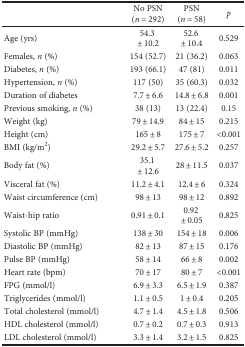
<table><thead><tr><td></td><td><b>No PSN (<i>n</i> = 292)</b></td><td><b>PSN (<i>n</i> = 58)</b></td><td><b><i>p</i></b></td></tr></thead><tbody><tr><td>Age (yrs)</td><td>54.3 ± 10.2</td><td>52.6 ± 10.4</td><td>0.529</td></tr><tr><td>Females, <i>n</i> (%)</td><td>154 (52.7)</td><td>21 (36.2)</td><td>0.063</td></tr><tr><td>Diabetes, <i>n</i> (%)</td><td>193 (66.1)</td><td>47 (81)</td><td>0.011</td></tr><tr><td>Hypertension, <i>n</i> (%)</td><td>117 (50)</td><td>35 (60.3)</td><td>0.032</td></tr><tr><td>Duration of diabetes</td><td>7.7 ± 6.6</td><td>14.8 ± 6.8</td><td>0.001</td></tr><tr><td>Previous smoking, <i>n</i> (%)</td><td>38 (13)</td><td>13 (22.4)</td><td>0.15</td></tr><tr><td>Weight (kg)</td><td>79 ± 14.9</td><td>84 ± 15</td><td>0.215</td></tr><tr><td>Height (cm)</td><td>165 ± 8</td><td>175 ± 7</td><td>&lt;0.001</td></tr><tr><td>BMI (kg/m<sup>2</sup>)</td><td>29.2 ± 5.7</td><td>27.6 ± 5.2</td><td>0.257</td></tr><tr><td>Body fat (%)</td><td>35.1 ± 12.6</td><td>28 ± 11.5</td><td>0.037</td></tr><tr><td>Visceral fat (%)</td><td>11.2 ± 4.1</td><td>12.4 ± 6</td><td>0.324</td></tr><tr><td>Waist circumference (cm)</td><td>98 ± 13</td><td>98 ± 12</td><td>0.892</td></tr><tr><td>Waist-hip ratio</td><td>0.91 ± 0.1</td><td>0.92 ± 0.05</td><td>0.825</td></tr><tr><td>Systolic BP (mmHg)</td><td>138 ± 30</td><td>154 ± 18</td><td>0.006</td></tr><tr><td>Diastolic BP (mmHg)</td><td>82 ± 13</td><td>87 ± 15</td><td>0.176</td></tr><tr><td>Pulse BP (mmHg)</td><td>58 ± 14</td><td>66 ± 8</td><td>0.002</td></tr><tr><td>Heart rate (bpm)</td><td>70 ± 17</td><td>80 ± 7</td><td>&lt;0.001</td></tr><tr><td>FPG (mmol/l)</td><td>6.9 ± 3.3</td><td>6.5 ± 1.9</td><td>0.387</td></tr><tr><td>Triglycerides (mmol/l)</td><td>1.1 ± 0.5</td><td>1 ± 0.4</td><td>0.205</td></tr><tr><td>Total cholesterol (mmol/l)</td><td>4.7 ± 1.4</td><td>4.5 ± 1.8</td><td>0.506</td></tr><tr><td>HDL cholesterol (mmol/l)</td><td>0.7 ± 0.2</td><td>0.7 ± 0.3</td><td>0.913</td></tr><tr><td>LDL cholesterol (mmol/l)</td><td>3.3 ± 1.4</td><td>3.2 ± 1.5</td><td>0.825</td></tr></tbody></table>